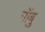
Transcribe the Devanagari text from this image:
नॉबु